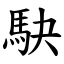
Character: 駃